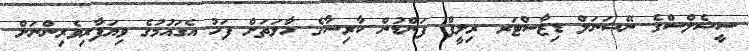
ސީޝެލްސްގެ ނޭޝަނަލް ޑިޒާސްޓަރ ރިލީފް ފަންޑުން ކާރިސާގެ ހާލަތަށް ފަހު އެގައުމުގެ ވިޔަފާރިވެރިންނަށް